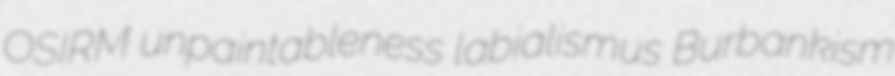
OSIRM unpaintableness labialismus Burbankism